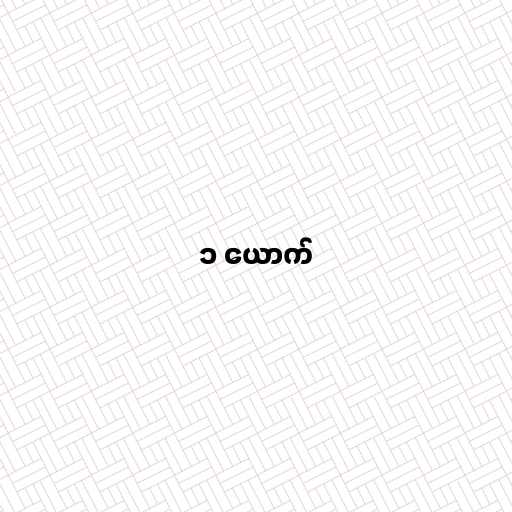
၁ ယောက်